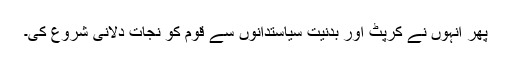
پھر انہوں نے کرپٹ اور بدنیت سیاستدانوں سے قوم کو نجات دلانی شروع کی۔